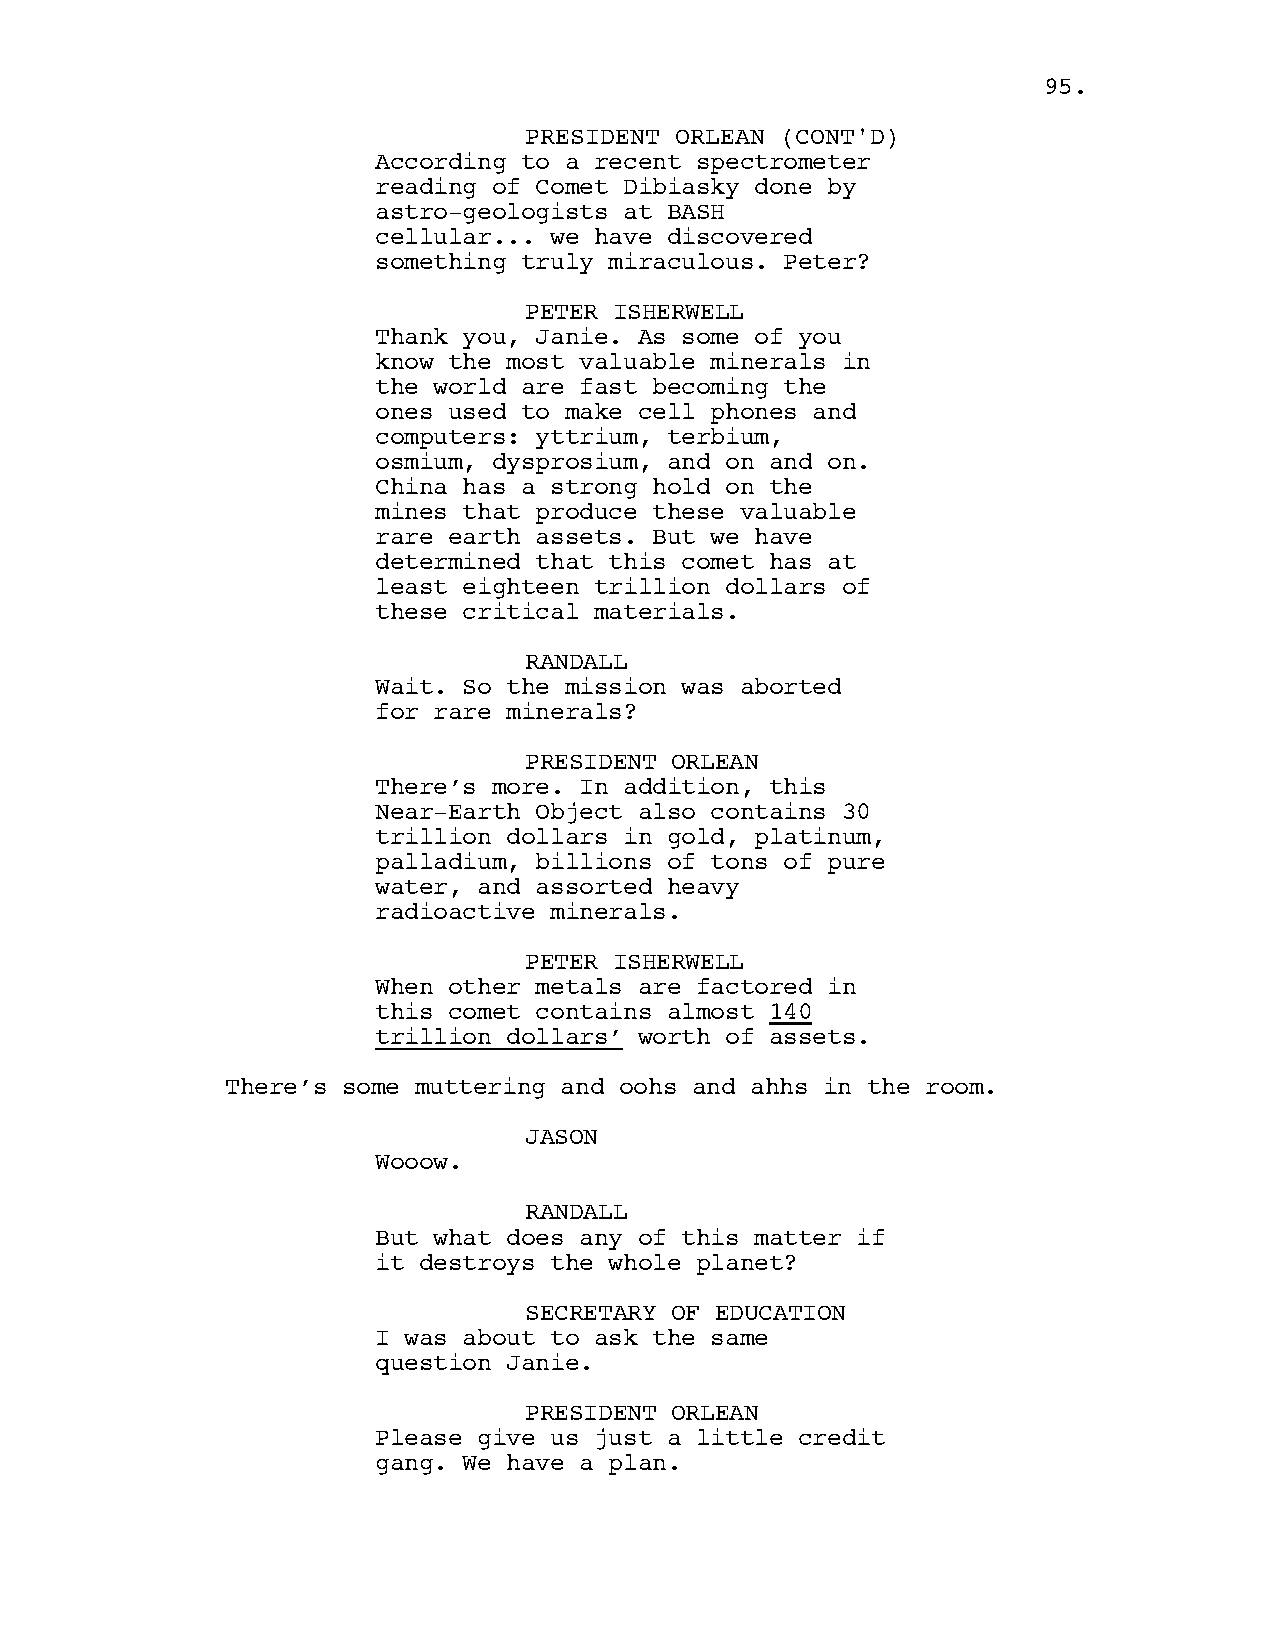
9955..
 PPRREESSIIDDEENNTT OORRLLEEAANN ((CCOONNTT''DD))
 According to a recent spectrometer
 reading of Comet Dibiasky done by
 astro-geologists at BASH
 cellular... we have discovered
 something truly miraculous. Peter?
 PETER ISHERWELL
 Thank you, Janie. As some of you
 know the most valuable minerals in
 the world are fast becoming the
 ones used to make cell phones and
 computers: yttrium, terbium,
 osmium, dysprosium, and on and on.
 China has a strong hold on the
 mines that produce these valuable
 rare earth assets. But we have
 determined that this comet has at
 least eighteen trillion dollars of
 these critical materials.
 RANDALL
 Wait. So the mission was aborted
 for rare minerals?
 PRESIDENT ORLEAN
 There’s more. In addition, this
 Near-Earth Object also contains 30
 trillion dollars in gold, platinum,
 palladium, billions of tons of pure
 water, and assorted heavy
 radioactive minerals.
 PETER ISHERWELL
 When other metals are factored in
 this comet contains almost 140
 trillion dollars’ worth of assets.
 There’s some muttering and oohs and ahhs in the room.
 JASON
 Wooow.
 RANDALL
 But what does any of this matter if
 it destroys the whole planet?
 SECRETARY OF EDUCATION
 I was about to ask the same
 question Janie.
 PRESIDENT ORLEAN
 Please give us just a little credit
 gang. We have a plan.